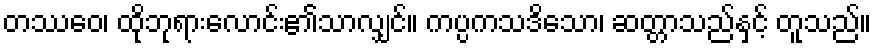
တဿေဝ၊ ထိုဘုရားလောင်း၏သာလျှင်။ ကပ္ပကသဒိသော၊ ဆတ္တာသည်နှင့် တူသည်။